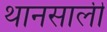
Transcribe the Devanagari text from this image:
थानसाली